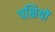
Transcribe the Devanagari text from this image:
पक्षियों